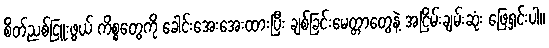
စိတ်ညစ်ငြူးဖွယ် ကိစ္စတွေကို ခေါင်းအေးအေးထားပြီး ချစ်ခြင်းမေတ္တာတွေနဲ့ အငြိမ်းချမ်းဆုံး ဖြေရှင်းပါ။